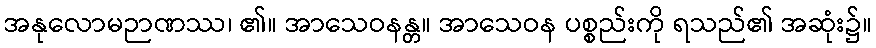
အနုလောမဉာဏဿ၊ ၏။ အာသေဝနန္တ။ အာသေဝန ပစ္စည်းကို ရသည်၏ အဆုံး၌။